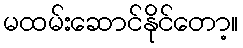
မထမ်းဆောင်နိုင်တော့။